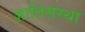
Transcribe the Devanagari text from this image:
ज्ञातिसंस्था